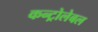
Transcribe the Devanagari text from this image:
कन्ट्रोलेबल